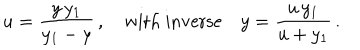
u = \frac { y \, y _ { 1 } } { y _ { 1 } - y } \, , \quad \mathrm { w i t h ~ i n v e r s e } \quad y = \frac { u \, y _ { 1 } } { u + y _ { 1 } } \, .